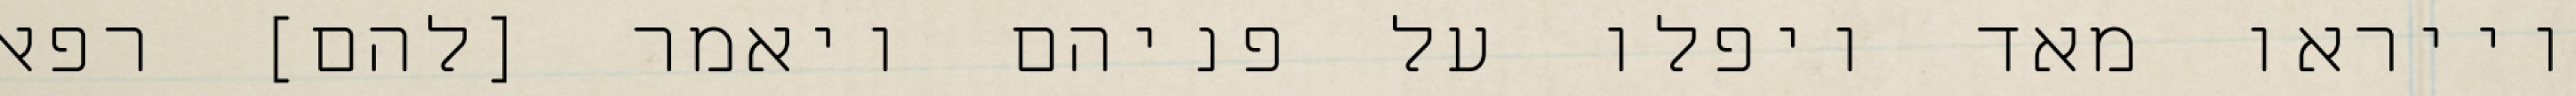
וייראו מאד ויפלו על פניהם ויאמר [להם] רפאל